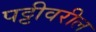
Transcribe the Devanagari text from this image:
पट्टीवरील